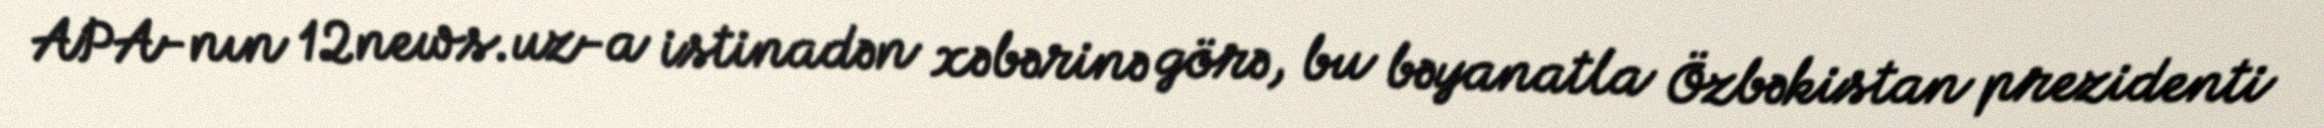
APA-nın 12news.uz-a istinadən xəbərinə görə, bu bəyanatla Özbəkistan prezidenti